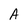
Character: A